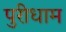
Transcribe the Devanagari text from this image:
पुरीधाम